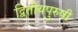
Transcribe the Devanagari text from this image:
द्वितीयपुरुषी